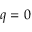
q = 0